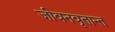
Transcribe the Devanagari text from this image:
जीवनवृतान्त